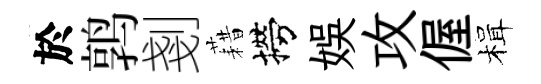
於鹑剗藉撈娱攻偓楫